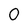
Character: 0